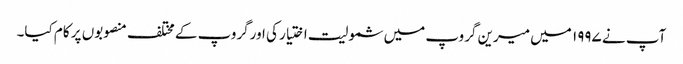
آپ نے ۱۹۹۷ میں میرین گروپ میں شمولیت اختیار کی اورگروپ کے مختلف منصوبوں پر کام کیا۔